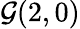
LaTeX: {\mathcal{G}}(2,0)